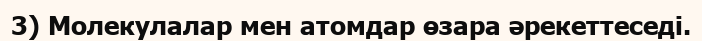
3) Молекулалар мен атомдар өзара әрекеттеседі.